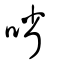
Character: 㗂